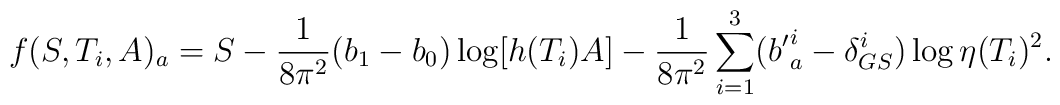
f(S,T_i,A)_a=S-{1\over 8\pi^2}(b_1-b_0)\log \lbrack h(T_i)A\rbrack -{1\over 8\pi^2}\sum_{i=1}^3({b'}^i_a-\delta_{GS}^i)\log\eta(T_i)^2{}.